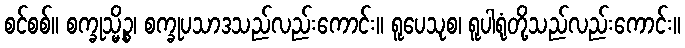
စင်စစ်။ စက္ခုသ္မိဉ္စ၊ စက္ခုပသာဒသည်လည်းကောင်း။ ရူပေသုစ၊ ရူပါရုံတို့သည်လည်းကောင်း။